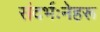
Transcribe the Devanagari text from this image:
संदर्भःनेहरू